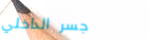
جسر الداخلي